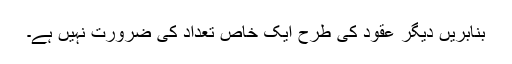
بنابریں دیگر عقود کی طرح ایک خاص تعداد کی ضرورت نہیں ہے۔